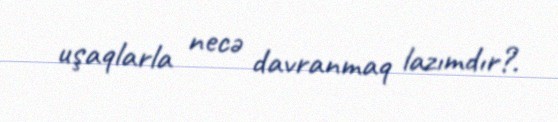
uşaqlarla necə davranmaq lazımdır?.